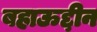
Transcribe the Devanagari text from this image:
बहाऊद्दीन